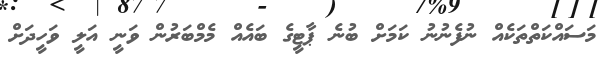
މަސައްކަތްތަކެއް ނުފެނުނު ކަމަށް ބުނެ ޕާޓީގެ ބައެއް މެމްބަރުން ވަނީ އަލީ ވަހީދަށް